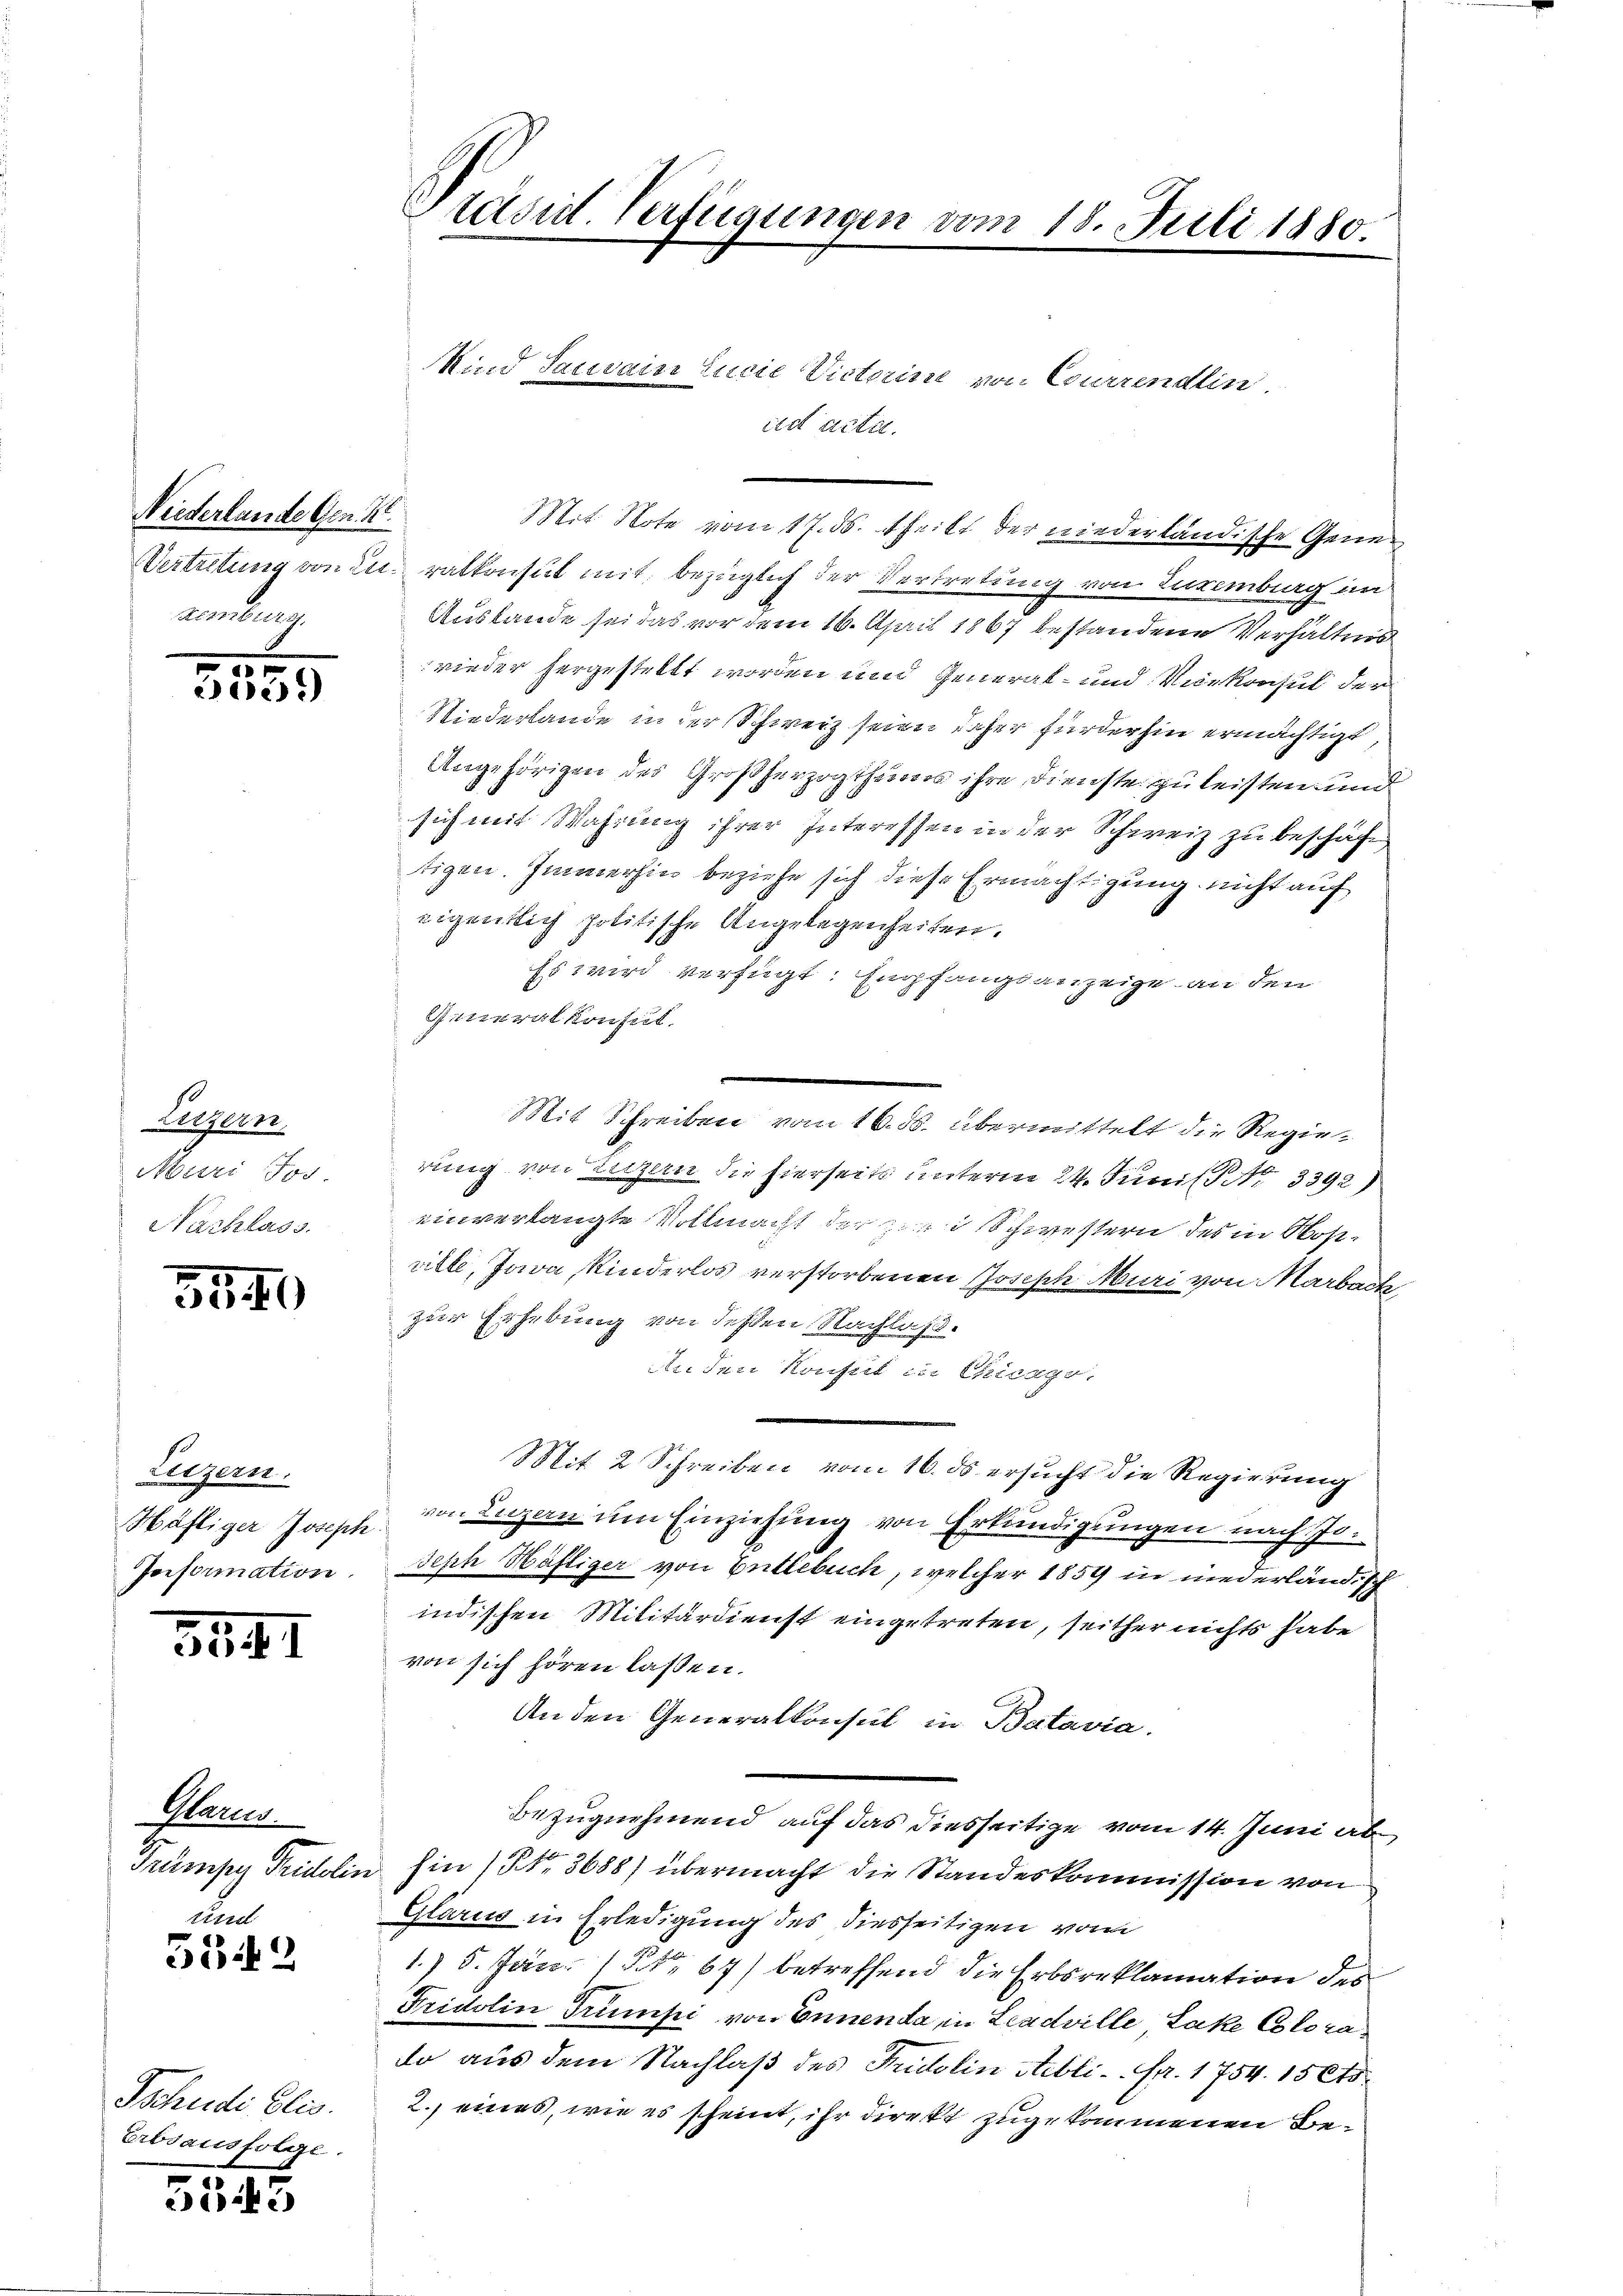
Niederlande Gen. K.
w

3195

Lerzern
Muri Jos.
Nachlass.

35 40

Liezern.
Häfliger Joseph
Ponformation.

3191

Hann
Trumpy Fridolin
tirrel

5549

Tschudi Elis.
Erbsausfolge.

354

Präsid. Verfügungen vom 18. Juli 1880.

Mind Sauvain Lucie Victorin von Currendlin
Vertretung von Les ratkonsul mit, bezüglich der Vertretung von Luxenburg im
Auslande sei das vor dem 16. April 1867 bestandene Verhältnis
wieder hergestellt worden und General- und Vicekonsul der
Niederlande in der Schweiz seien daher fürderhin ermächtigt,
Angehörigen des Großherzogthums ihre Dienste zu leisten und
sich mit Wahrung ihrer Interessen in der Schweiz zu beschäft,
tigen. Immerhin beziehe sich diese Ermächtigung nicht auf
eigentlich politische Angelegenheiten.
Es wird verfügt: Empfangsanzeige an den
Generalkonhut.
rung von sitzern die hierseits unterm 24. Juni l. 3392)
einverlangte Vollmacht der zwei Schwestern des in Kostrille, Java Kinderlos verstorbenen Joseph Muri von Marbait
zur Erhebung von dessen Nachlaß.
An den Konsul in Chicago.
Mit 2 Schreiben vom 16. ds ersucht die Regierung
von Luzern um Einziehung von Erkundigungen nach Jo¬
Seph Häfliger von Entlebuch, welcher 1859 in niederlandsch
indischen Militärdienst eingetreten, seither nichts habe
von sich hören lassen.
An den Generalkonsul in Batavia.
Bezugnehmend auf das diesseitige vom 14. Juni ab
hin (NNo. 3688) übermacht die Standeskommission von
Glarus in Erledigung des diesseitigen vom
1) 5. Jan. (§ 67) betreffend die Erbsreklamation des
Fridolin Trumpi von Ennenda in Leadville Lake Colora
do aus dem Nachlaß des Fridolin Bibli. Fr. 1754. 1564
2. eines, wie es scheint, ihr direkt zugekommenen Be¬

ad acta.

Mit Note vom 17. ds. theilt der niederländische Gene¬

Mit Schreiben vom 16. ds. übermittelt die Regie¬